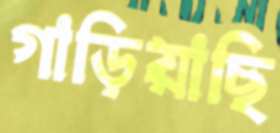
গাড়িয়াছি